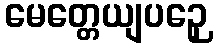
မေတ္တေယျပဉှေ